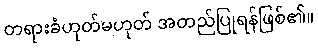
တရားခံဟုတ်မဟုတ် အတည်ပြုရန်ဖြစ်၏။